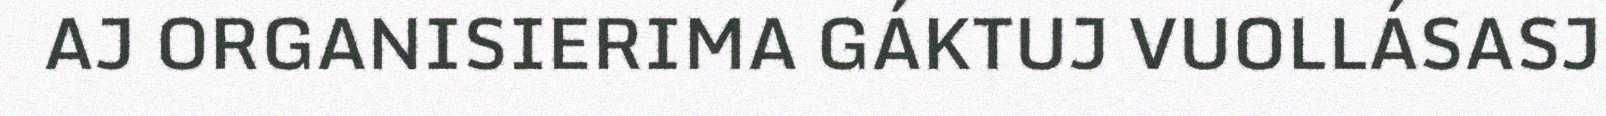
AJ ORGANISIERIMA GÁKTUJ VUOLLÁSASJ